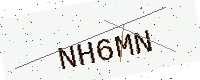
Text: NH6MN